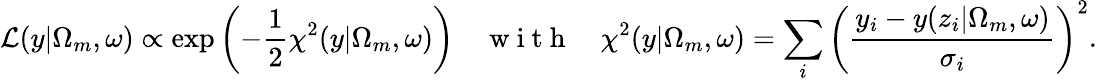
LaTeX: \mathcal{L}(y|\Omega_{m},\omega)\propto\exp\left(-\frac{1}{2}\chi^{2}(y|\Omega_{m},\omega)\right)\quad\mathrm{~w~i~t~h~}\quad\chi^{2}(y|\Omega_{m},\omega)=\sum_{i}\left(\frac{y_{i}-y(z_{i}|\Omega_{m},\omega)}{\sigma_{i}}\right)^{2}.